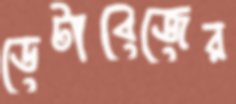
ডেটাবেজের